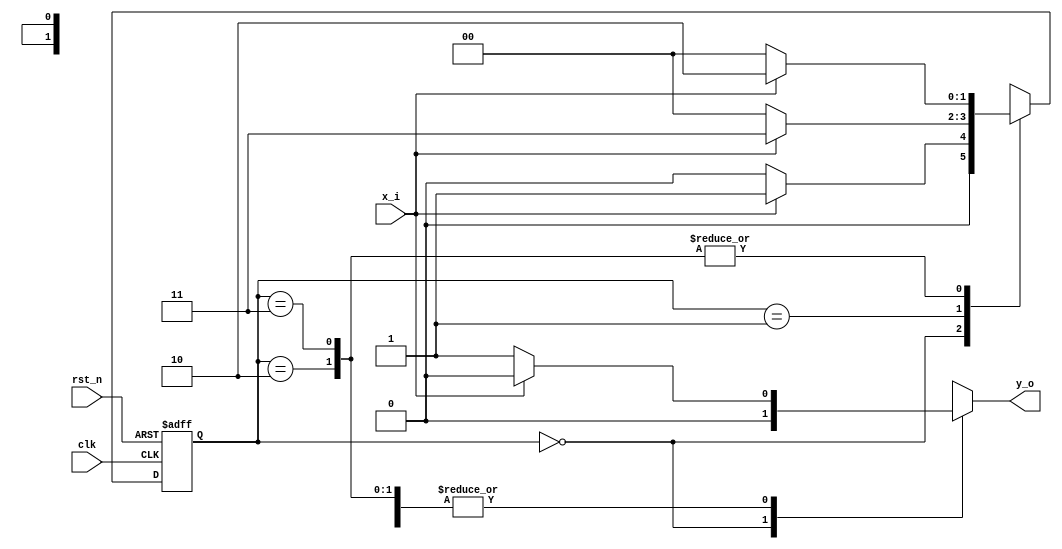
// This program was cloned from: https://github.com/mbaykenar/digital-logic-design
// License: Apache License 2.0

`timescale 1ns / 1ps
//////////////////////////////////////////////////////////////////////////////////
// Company: 
// Engineer: 
// 
// Design Name: 
// Module Name: fsm_mealy_param
// Project Name: 
// Target Devices: 
// Tool Versions: 
// Description: 
// 
// Dependencies: 
// 
// Revision:
// Revision 0.01 - File Created
// Additional Comments:
// 
//////////////////////////////////////////////////////////////////////////////////


module fsm_mealy_param
(
input x_i,
input rst_n,
input clk,
output y_o
);

localparam S0 = 2'b00;
localparam S1 = 2'b01;
localparam S2 = 2'b10;
localparam S3 = 2'b11;

reg y;
reg [1:0] state;

always @(posedge clk, negedge rst_n) begin
    if (rst_n == 1'b0) begin
        state <= S0;
    end
    else begin
        case (state)
            S0 : begin
                if (x_i == 1'b0) begin
                    state <= S0;
                end
                else begin
                    state <= S1;
                end
            end 
            S1 : begin
                if (x_i == 1'b0) begin
                    state <= S0;
                end
                else begin
                    state <= S3;
                end                
            end
            S2 : begin
                if (x_i == 1'b0) begin
                    state <= S0;
                end
                else begin
                    state <= S2;
                end                 
            end
            S3 : begin
                if (x_i == 1'b0) begin
                    state <= S0;
                end
                else begin
                    state <= S2;
                end                  
            end
            default : begin
                state <= S0;
            end 
        endcase
    end
end

always @(*) begin
   case (state)
    S0 : begin
        if (x_i == 1'b0) begin
            y = 1'b0;
        end
        else begin
            y = 1'b0;
        end 
    end 
    S1 : begin
        if (x_i == 1'b0) begin
            y = 1'b1;
        end
        else begin
            y = 1'b0;
        end         
    end
    S2 : begin
        if (x_i == 1'b0) begin
            y = 1'b1;
        end
        else begin
            y = 1'b0;
        end         
    end
    S3 : begin
        if (x_i == 1'b0) begin
            y = 1'b1;
        end
        else begin
            y = 1'b0;
        end           
    end
    default : begin
        
    end 
   endcase
end

assign y_o = y;

endmodule